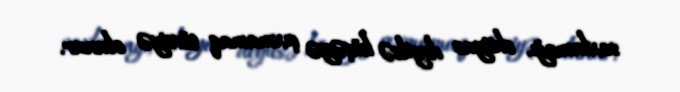
saxlamağı, ehtiyac deyilsə küçəyə çıxmamaq tövsiyə olunur.